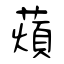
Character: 薠